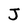
Character: J